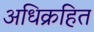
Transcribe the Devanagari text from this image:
अधिक्रहित